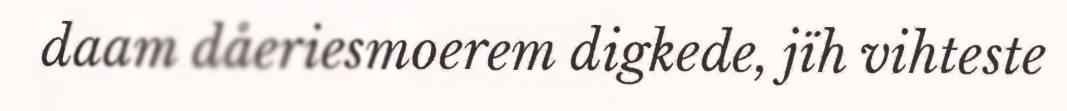
daam dåeriesmoerem digkede, jïh vihteste